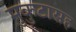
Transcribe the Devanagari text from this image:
मुकुटासह